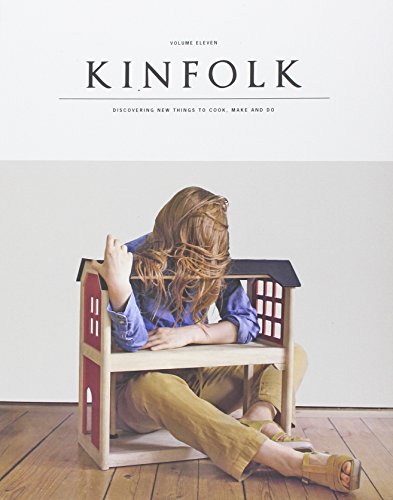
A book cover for Kinfolk Volume 11: The Home Issue; Various; Cookbooks, Food & Wine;